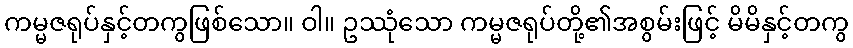
ကမ္မဇရုပ်နှင့်တကွဖြစ်သော။ ဝါ။ ဥဿုံသော ကမ္မဇရုပ်တို့၏အစွမ်းဖြင့် မိမိနှင့်တကွ